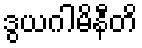
ဒွယဂါမိနီတိ